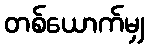
တစ်ယောက်မျှ